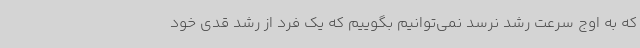
که به اوج سرعت رشد نرسد نمی‌توانیم بگوییم که یک فرد از رشد قدی خود